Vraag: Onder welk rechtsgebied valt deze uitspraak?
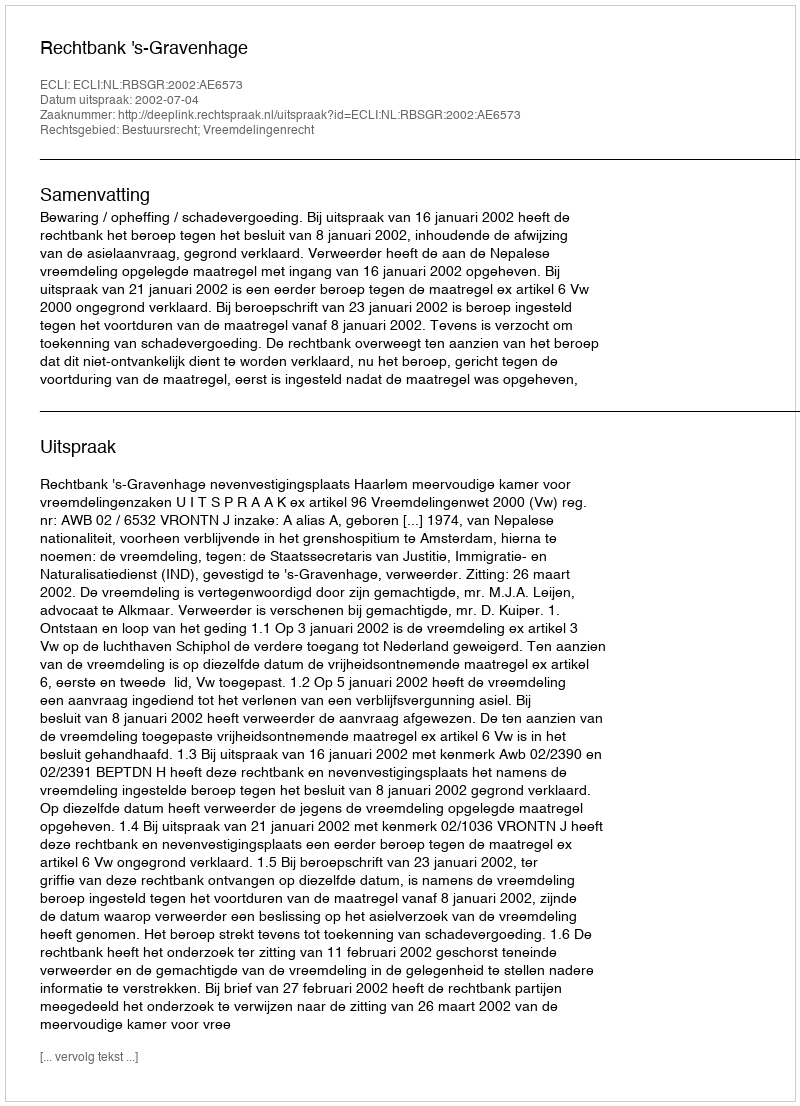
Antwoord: Bestuursrecht; Vreemdelingenrecht